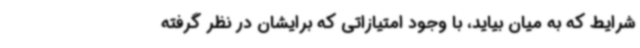
شرایط که به میان بیاید، با وجود امتیازاتی که برایشان در نظر گرفته